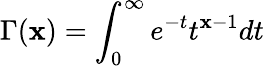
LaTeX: \Gamma(\mathbf{x})=\int_{0}^{\infty}e^{-t}t^{\mathbf{x}-1}dt